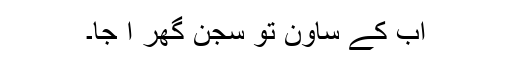
اب کے ساون تو سجن گھر آ جا۔